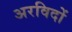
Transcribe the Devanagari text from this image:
अरविदों